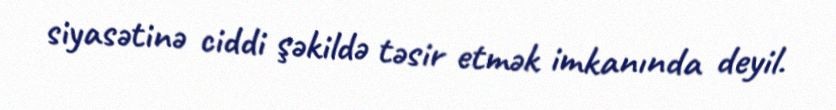
siyasətinə ciddi şəkildə təsir etmək imkanında deyil.